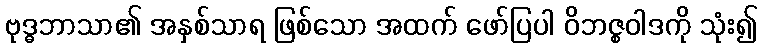
ဗုဒ္ဓဘာသာ၏ အနှစ်သာရ ဖြစ်သော အထက် ဖော်ပြပါ ဝိဘဇ္စဝါဒကို သုံး၍